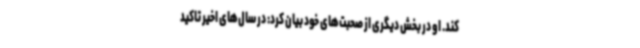
کند. او در بخش دیگری از صحبت‌های خود بیان کرد: در سال‌های اخیر تاکید